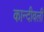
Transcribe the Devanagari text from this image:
कान्दीवली